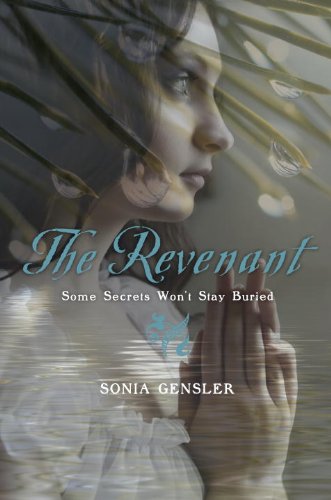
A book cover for The Revenant; Sonia Gensler; Teen & Young Adult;